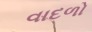
વાદળો